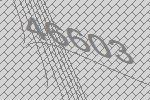
46603